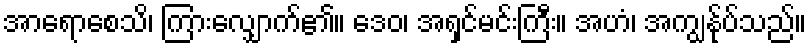
အာရောစေသိ၊ ကြားလျှောက်၏။ ဒေဝ၊ အရှင်မင်းကြီး။ အဟံ၊ အကျွန်ုပ်သည်။